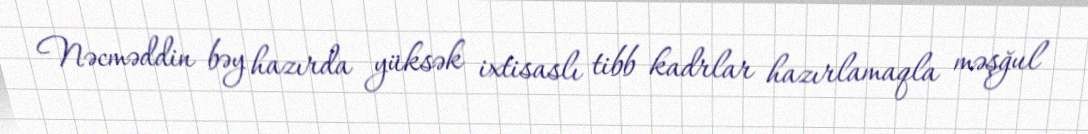
Nəcməddin bəy hazırda yüksək ixtisaslı tibb kadrlar hazırlamaqla məşğul